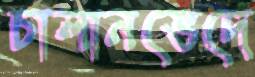
চালানভেদে